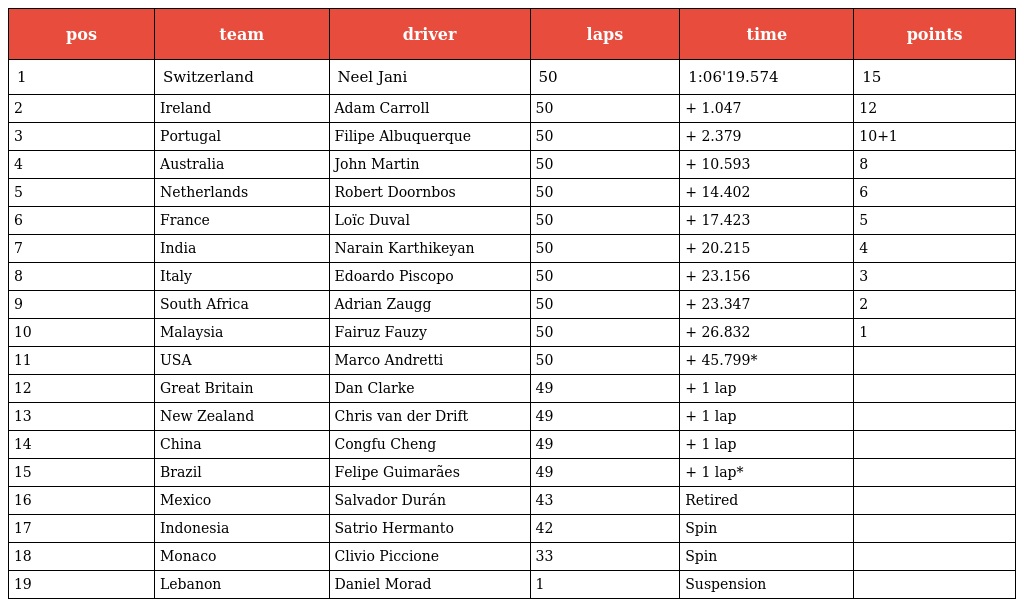
| pos | team | driver | laps | time | points |
 | --- | --- | --- | --- | --- | --- |
 | 1 | Switzerland | Neel Jani | 50 | 1:06'19.574 | 15 |
 | 2 | Ireland | Adam Carroll | 50 | + 1.047 | 12 |
 | 3 | Portugal | Filipe Albuquerque | 50 | + 2.379 | 10+1 |
 | 4 | Australia | John Martin | 50 | + 10.593 | 8 |
 | 5 | Netherlands | Robert Doornbos | 50 | + 14.402 | 6 |
 | 6 | France | Loïc Duval | 50 | + 17.423 | 5 |
 | 7 | India | Narain Karthikeyan | 50 | + 20.215 | 4 |
 | 8 | Italy | Edoardo Piscopo | 50 | + 23.156 | 3 |
 | 9 | South Africa | Adrian Zaugg | 50 | + 23.347 | 2 |
 | 10 | Malaysia | Fairuz Fauzy | 50 | + 26.832 | 1 |
 | 11 | USA | Marco Andretti | 50 | + 45.799* |  |
 | 12 | Great Britain | Dan Clarke | 49 | + 1 lap |  |
 | 13 | New Zealand | Chris van der Drift | 49 | + 1 lap |  |
 | 14 | China | Congfu Cheng | 49 | + 1 lap |  |
 | 15 | Brazil | Felipe Guimarães | 49 | + 1 lap* |  |
 | 16 | Mexico | Salvador Durán | 43 | Retired |  |
 | 17 | Indonesia | Satrio Hermanto | 42 | Spin |  |
 | 18 | Monaco | Clivio Piccione | 33 | Spin |  |
 | 19 | Lebanon | Daniel Morad | 1 | Suspension |  |